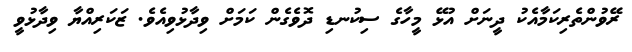
ރޭވުންތެރިކަމާއެކު ދީނަށް އުޅޭ މީހާގެ ސިކުނޑި ދޮވެގެން ކަމަށް ވިދާޅުވިއެވެ. ޒަކަރިއްޔާ ވިދާޅުވީ